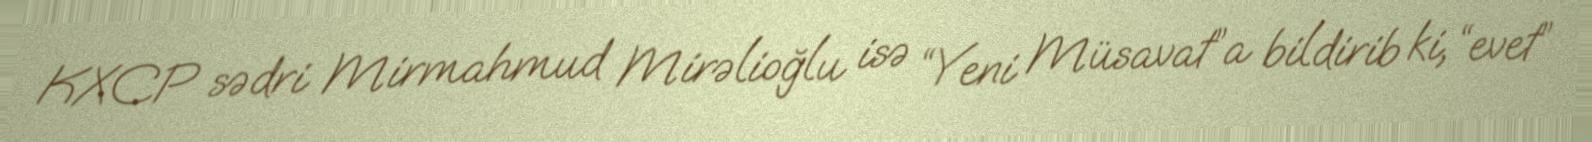
KXCP sədri Mirmahmud Mirəlioğlu isə “Yeni Müsavat”a bildirib ki, “evet”